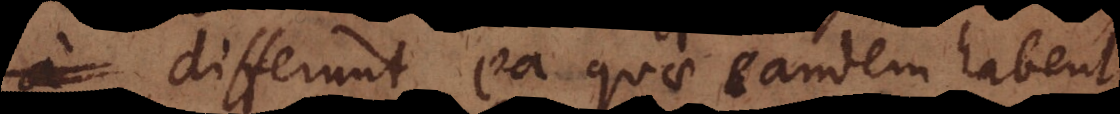
differunt ea quae eandem habent